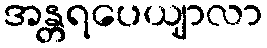
အန္တရပေယျာလာ